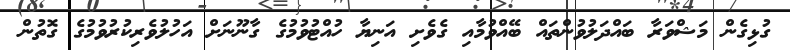
ގުޅިގެން މަޝްވަރާ ބައްދަލުވުންތައް ބޭއްވުމާއި ގެވެށި އަނިޔާ ހުއްޓުވުމުގެ ގާނޫނަށް އަހުލުވެރިކުރުވުމުގެ ގޮތުން